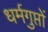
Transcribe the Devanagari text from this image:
धर्मगुप्तों